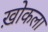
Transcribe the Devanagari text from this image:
ख़ोकला